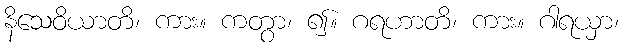
နိသေဝိယာတိ၊ ကား။ ကတွာ၊ ၍။ ဂရဟာတိ၊ ကား။ ဂါရယှာ၊